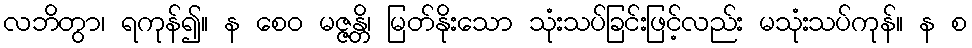
လဘိတွာ၊ ရကုန်၍။ န စေဝ မဇ္ဇန္တိ၊ မြတ်နိုးသော သုံးသပ်ခြင်းဖြင့်လည်း မသုံးသပ်ကုန်။ န စ